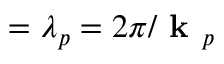
= \lambda _ { p } = 2 \pi / \textbf { k } _ { p }